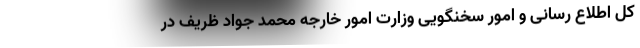
کل اطلاع رسانی و امور سخنگویی وزارت امور خارجه محمد جواد ظریف در